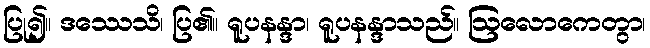
ပြု၍။ ဒဿေသိ၊ ပြ၏။ ရူပနန္ဒာ၊ ရူပနန္ဒာသည်။ ဩလောကေတွာ၊